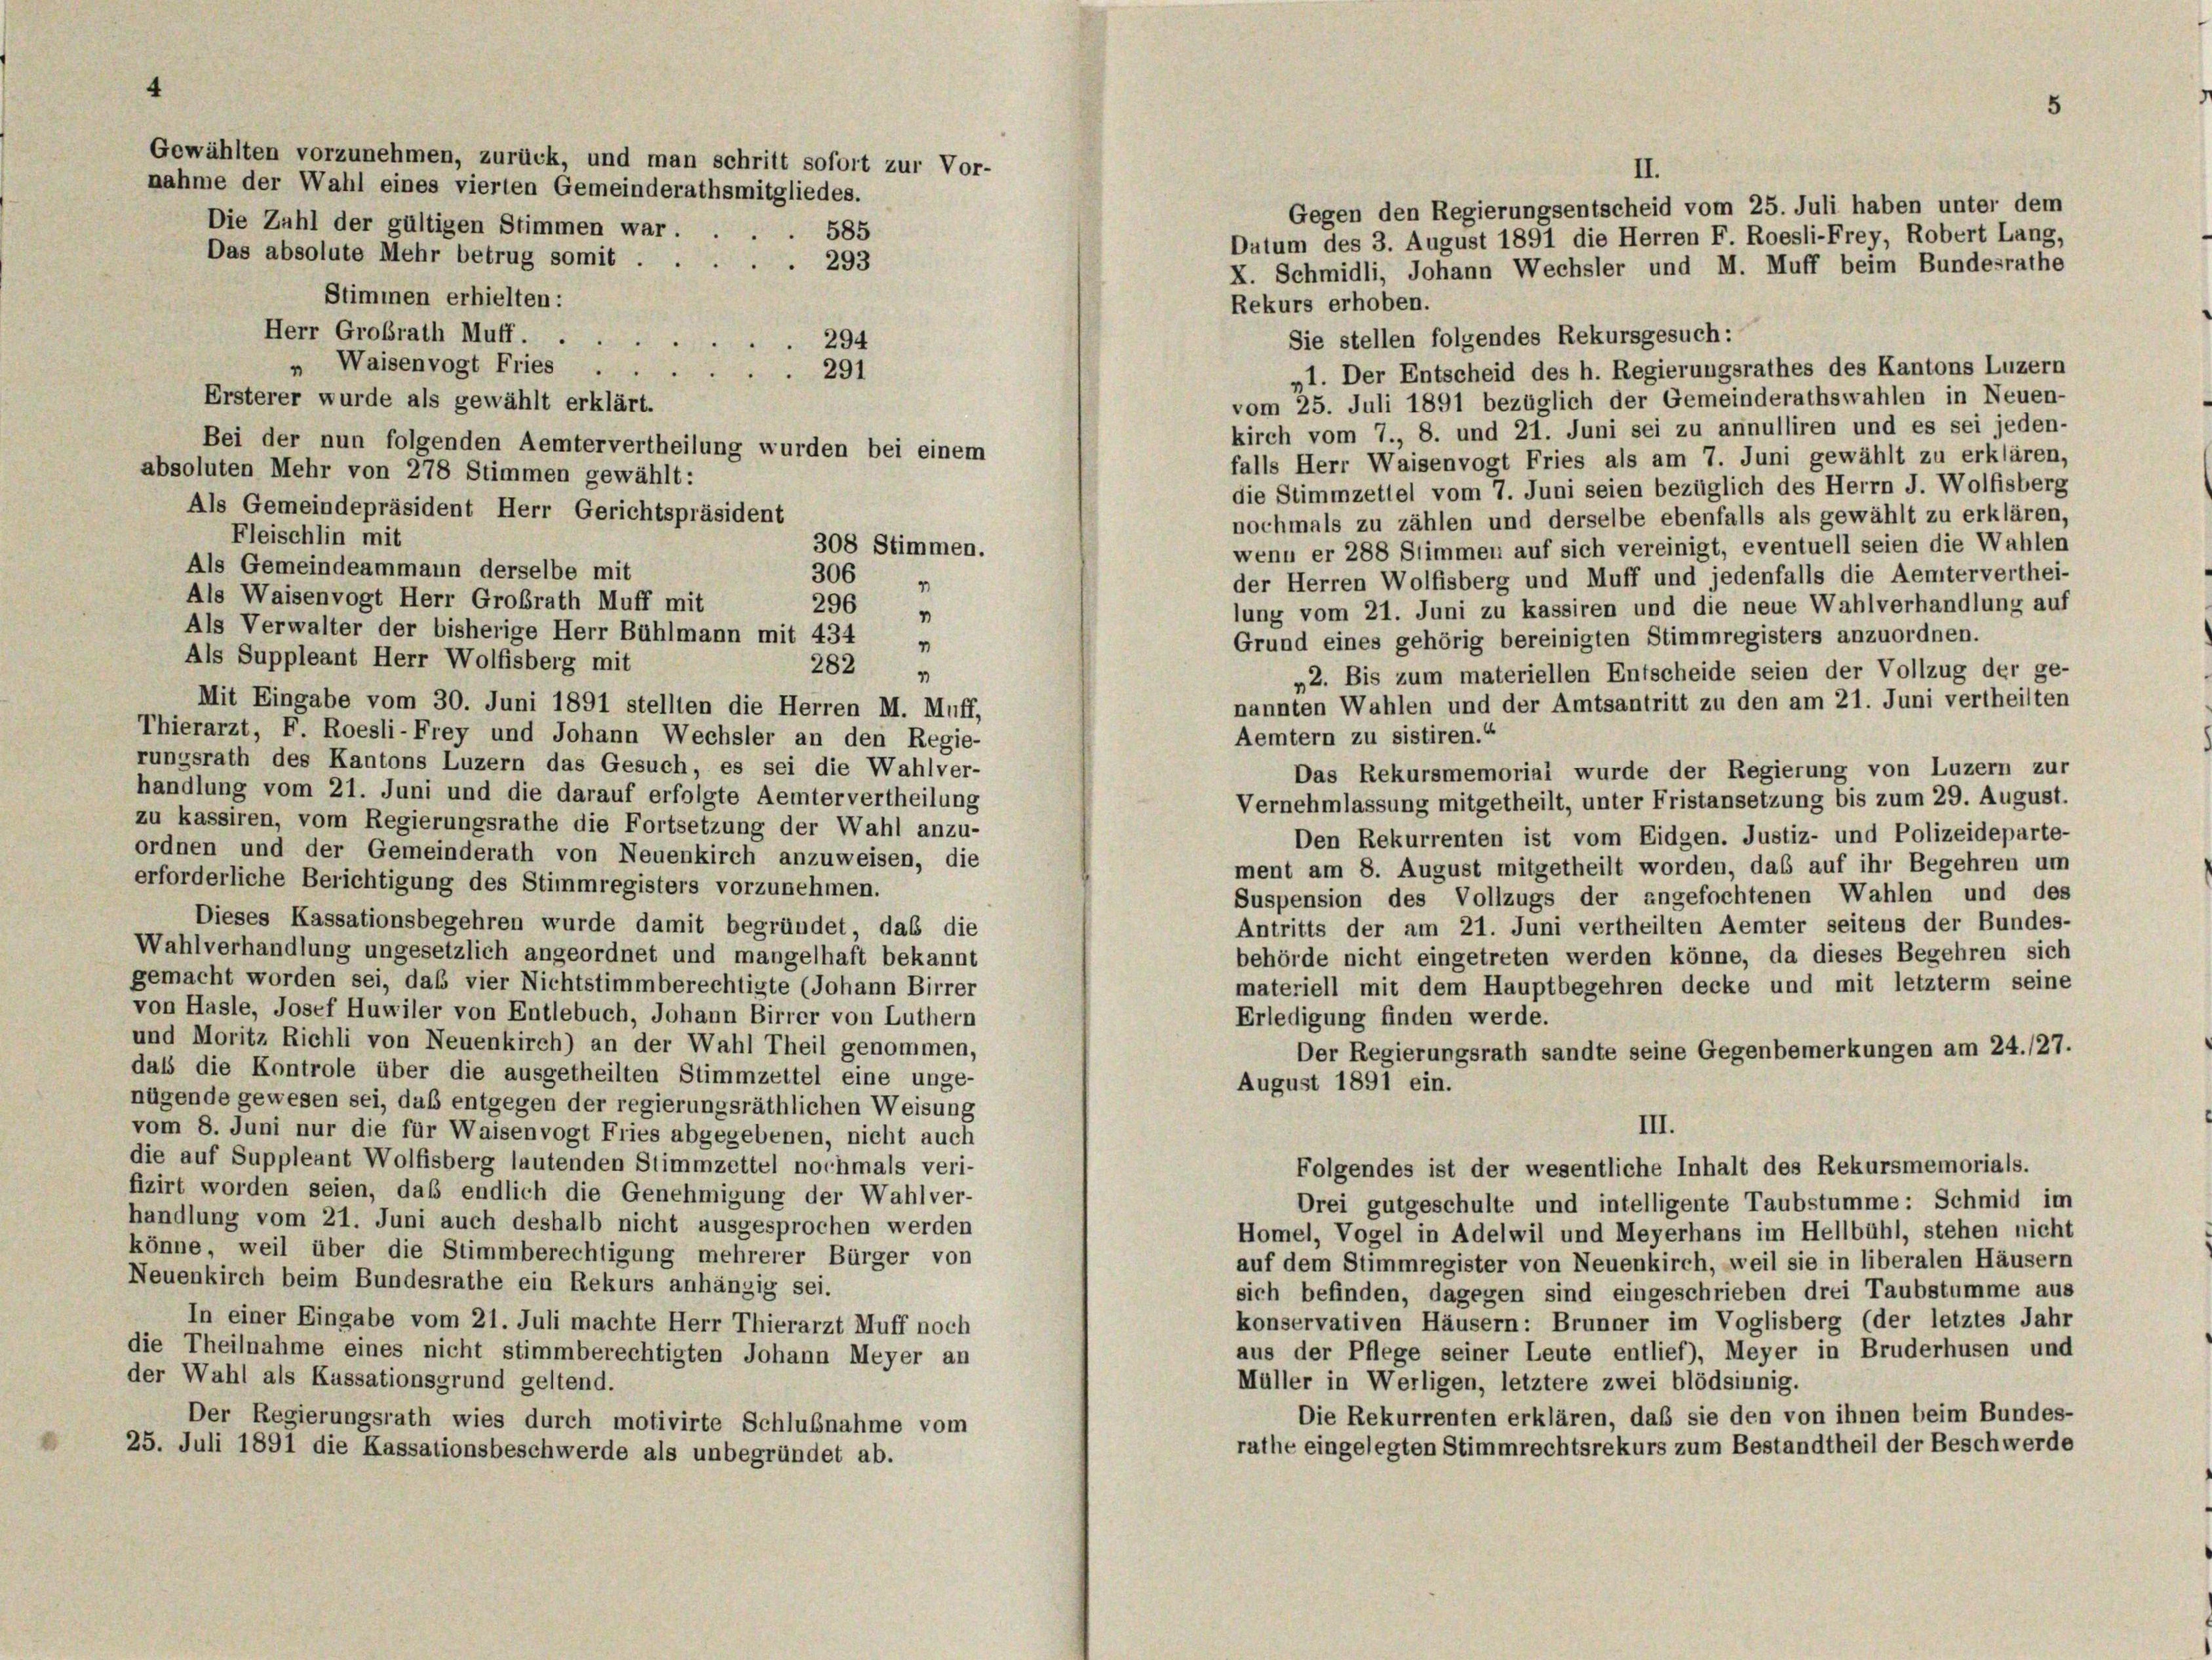
Gewählten vorzunehmen, zurück, und man schritt sofort zur Vor-
nahme der Wahl eines vierten Gemeinderathsmitgliedes.

II.
Gegen den Regierungsentscheid vom 25. Juli haben unter dem
Die Zahl der gültigen Stimmen war.
Datum des 3. August 1891 die Herren F. Roesli-Frey, Robert Lang,
Das absolute Mehr betrug somit . .
293
X. Schmidli, Johann Wechsler und M. Muff beim Bundesrathe
Stimmen erhielten:
Rekurs erhoben.
Herr Großrath Muff . .
Sie stellen folgendes Rekursgesuch:
294
„ Waisenvogt Fries
„1. Der Entscheid des h. Regierungsrathes des Kantons Luzern
291
Ersterer wurde als gewählt erklärt.
vom 25. Juli 1891 bezüglich der Gemeinderathswahlen in Neuen-
kirch vom 7., 8. und 21. Juni sei zu annulliren und es sei jeden-
Bei der nun folgenden Aemtervertheilung wurden bei einem
falls Herr Waisenvogt Fries als am 7. Juni gewählt zu erklären,
absoluten Mehr von 278 Stimmen gewählt:
die Stimmzettel vom 7. Juni seien bezüglich des Herrn J. Wolfisberg
Als Gemeindepräsident Herr Gerichtspräsident
nochmals zu zählen und derselbe ebenfalls als gewählt zu erklären,
Fleischlin mit
308 Stimmen.
wenn er 288 Stimmen auf sich vereinigt, eventuell seien die Wahlen
Als Gemeindeammann derselbe mit
der Herren Wolfisberg und Muff und jedenfalls die Aemterverthei-
306
Als Waisenvogt Herr Großrath Muff mit
lung vom 21. Juni zu kassiren und die neue Wahlverhandlung auf
296
Als Verwalter der bisherige Herr Bühlmann mit 434 „
Grund eines gehörig bereinigten Stimmregisters anzuordnen.
Als Suppleant Herr Wolfisberg mit
282
„2. Bis zum materiellen Entscheide seien der Vollzug der ge-
"
nannten Wahlen und der Amtsantritt zu den am 21. Juni vertheilten
Mit Eingabe vom 30. Juni 1891 stellten die Herren M. Muff,
Thierarzt, F. Roesli-Frey und Johann Wechsler an den Regie-
Aemtern zu sistiren.“
rungsrath des Kantons Luzern das Gesuch, es sei die Wahlver-
Das Rekursmemorial wurde der Regierung von Luzern zur
handlung vom 21. Juni und die darauf erfolgte Aemter vertheilung
Vernehmlassung mitgetheilt, unter Fristansetzung bis zum 29. August.
zu kassiren, vom Regierungsrathe die Fortsetzung der Wahl anzu-
Den Rekurrenten ist vom Eidgen. Justiz- und Polizeideparte-
ordnen und der Gemeinderath von Neuenkirch anzuweisen, die
ment am 8. August mitgetheilt worden, das auf ihr Begehren um
erforderliche Berichtigung des Stimmregisters vorzunehmen.
Suspension des Vollzugs der angefochtenen Wahlen und des
Dieses Kassationsbegehren wurde damit begründet, das die
Antritts der am 21. Juni vertheilten Aemter seitens der Bundes-
Wahlverhandlung ungesetzlich angeordnet und mangelhaft bekannt
behörde nicht eingetreten werden könne, da dieses Begehren sich
gemacht worden sei, daß vier Nichtstimmberechtigte (Johann Birrer
materiell mit dem Hauptbegehren decke und mit letzterm seine
von Hasle, Josef Huwiler von Entlebuch, Johann Birrer von Luthern
Erledigung finden werde.
und Moritz Richli von Neuenkirch) an der Wahl Theil genommen,
Der Regierungsrath sandte seine Gegenbemerkungen am 24./27.
dals die Kontrole über die ausgetheilten Stimmzettel eine unge-
August 1891 ein.
nügende gewesen sei, daß entgegen der regierungsräthlichen Weisung
III.
vom 8. Juni nur die für Waisenvogt Fries abgegebenen, nicht auch
die auf Suppleant Wolfisberg lautenden Stimmzettel nochmals veri-
Folgendes ist der wesentliche Inhalt des Rekursmemorials.
fizirt worden seien, daß endlich die Genehmigung der Wahlver-
Drei gutgeschulte und intelligente Taubstumme: Schmid im
handlung vom 21. Juni auch deshalb nicht ausgesprochen werden
Homel, Vogel in Adelwil und Meyerhans im Hellbühl, stehen nicht
könne, weil über die Stimmberechtigung mehrerer Bürger von
auf dem Stimmregister von Neuenkirch, weil sie in liberalen Häusern
Neuenkirch beim Bundesrathe ein Rekurs anhängig sei.
sich befinden, dagegen sind eingeschrieben drei Taubstumme aus
konservativen Häusern: Brunner im Voglisberg (der letztes Jahr
In einer Eingabe vom 21. Juli machte Herr Thierarzt Muff noch
die Theilnahme eines nicht stimmberechtigten Johann Meyer an
aus der Pflege seiner Leute entlief), Meyer in Bruderhusen und
der Wahl als Kussationsgrund geltend.
Müller in Werligen, letztere zwei blödsinnig.
Die Rekurrenten erklären, daß sie den von ihnen beim Bundes-
Der Regierungsrath wies durch motivirte Schlußnahme vom
rathe eingelegten Stimmrechtsrekurs zum Bestandtheil der Beschwerde
25. Juli 1891 die Kassationsbeschwerde als unbegründet ab.

585

5